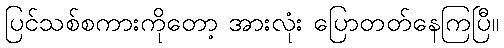
ပြင်သစ်စကားကိုတော့ အားလုံး ပြောတတ်နေကြပြီ။